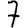
Digit: 7